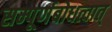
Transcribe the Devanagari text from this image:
सम्पूर्णबोधत्वात्